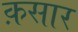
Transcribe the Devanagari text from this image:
क़सार